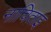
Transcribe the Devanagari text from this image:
नाचिताइ